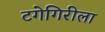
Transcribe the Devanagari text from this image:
टगेगिरीला